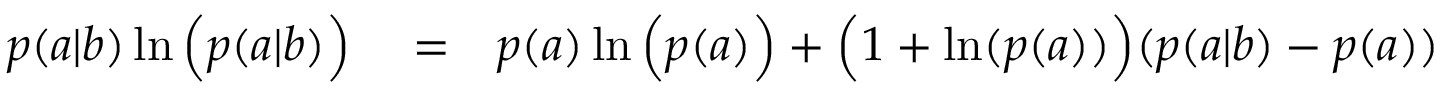
\begin{array} { r l r } { p ( a | b ) \ln \Big ( p ( a | b ) \Big ) } & { { } = } & { p ( a ) \ln \Big ( p ( a ) \Big ) + \Big ( 1 + \ln ( p ( a ) ) \Big ) ( p ( a | b ) - p ( a ) ) } \end{array}